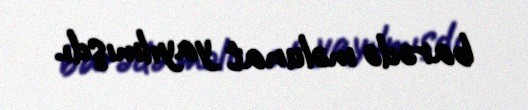
barədə məlunat yayılmışdı.